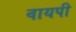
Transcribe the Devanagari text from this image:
वायपी